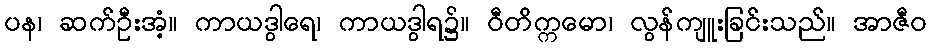
ပန၊ ဆက်ဦးအံ့။ ကာယဒွါရေ၊ ကာယဒွါရ၌။ ဝီတိက္ကမော၊ လွန်ကျူးခြင်းသည်။ အာဇီဝ